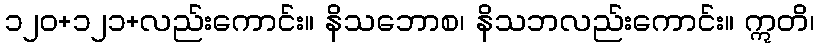
၁၂၀+၁၂၁+လည်းကောင်း။ နိသဘောစ၊ နိသဘလည်းကောင်း။ ဣတိ၊